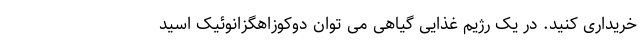
خریداری کنید. در یک رژیم غذایی گیاهی می توان دوکوزاهگزانوئیک اسید